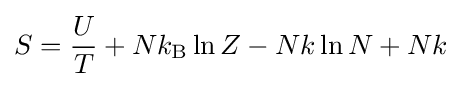
S={\frac {U}{T}}+Nk_{\text{B}}\ln Z-Nk\ln N+Nk